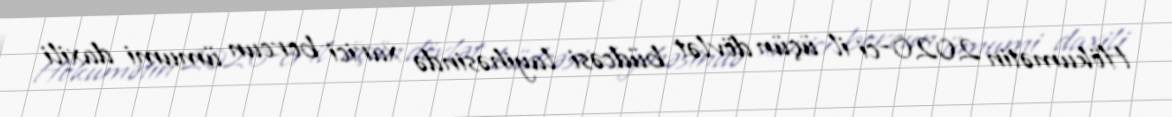
Hökumətin 2020-ci il üçün dövlət büdcəsi layihəsində xarici borcun ümumi daxili